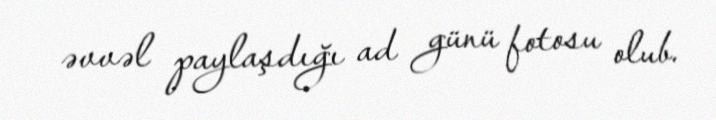
əvvəl paylaşdığı ad günü fotosu olub.